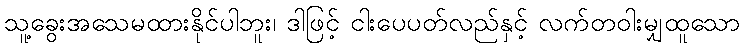
သူ့ခွေးအသေမထားနိုင်ပါဘူး၊ ဒါဖြင့် ငါးပေပတ်လည်နှင့် လက်တဝါးမျှထူသော